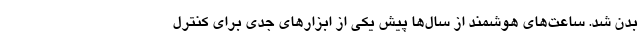
بدن شد. ساعت‌های هوشمند از سال‌ها پیش یکی از ابزارهای جدی برای کنترل